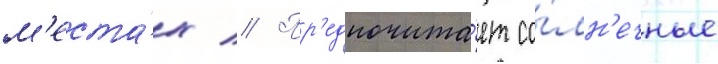
м'еста́х // Пр'едпочита́ет со́лн'ечные